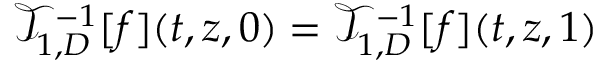
\begin{array} { r } { \mathcal { T } _ { 1 , D } ^ { - 1 } [ f ] ( t , z , 0 ) = \mathcal { T } _ { 1 , D } ^ { - 1 } [ f ] ( t , z , 1 ) } \end{array}